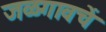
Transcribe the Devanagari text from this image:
जळगावचें